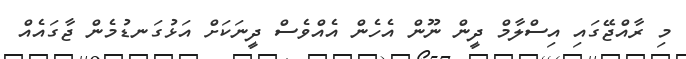
މި ރާއްޖޭގައި އިސްލާމް ދީން ނޫން އެހެން އެއްވެސް ދީނަކަށް އަޅުގަނޑުމެން ޖާގައެއް